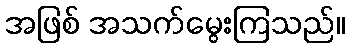
အဖြစ် အသက်မွေးကြသည်။